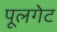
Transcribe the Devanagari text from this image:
पूलगेट